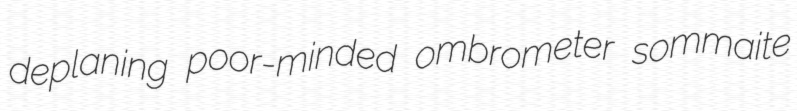
deplaning poor-minded ombrometer sommaite